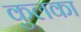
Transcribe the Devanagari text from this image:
कुलका